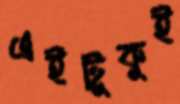
এইটুকুই